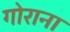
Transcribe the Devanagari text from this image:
गोराना